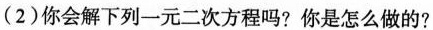
(2)你会解下列一元二次方程吗?